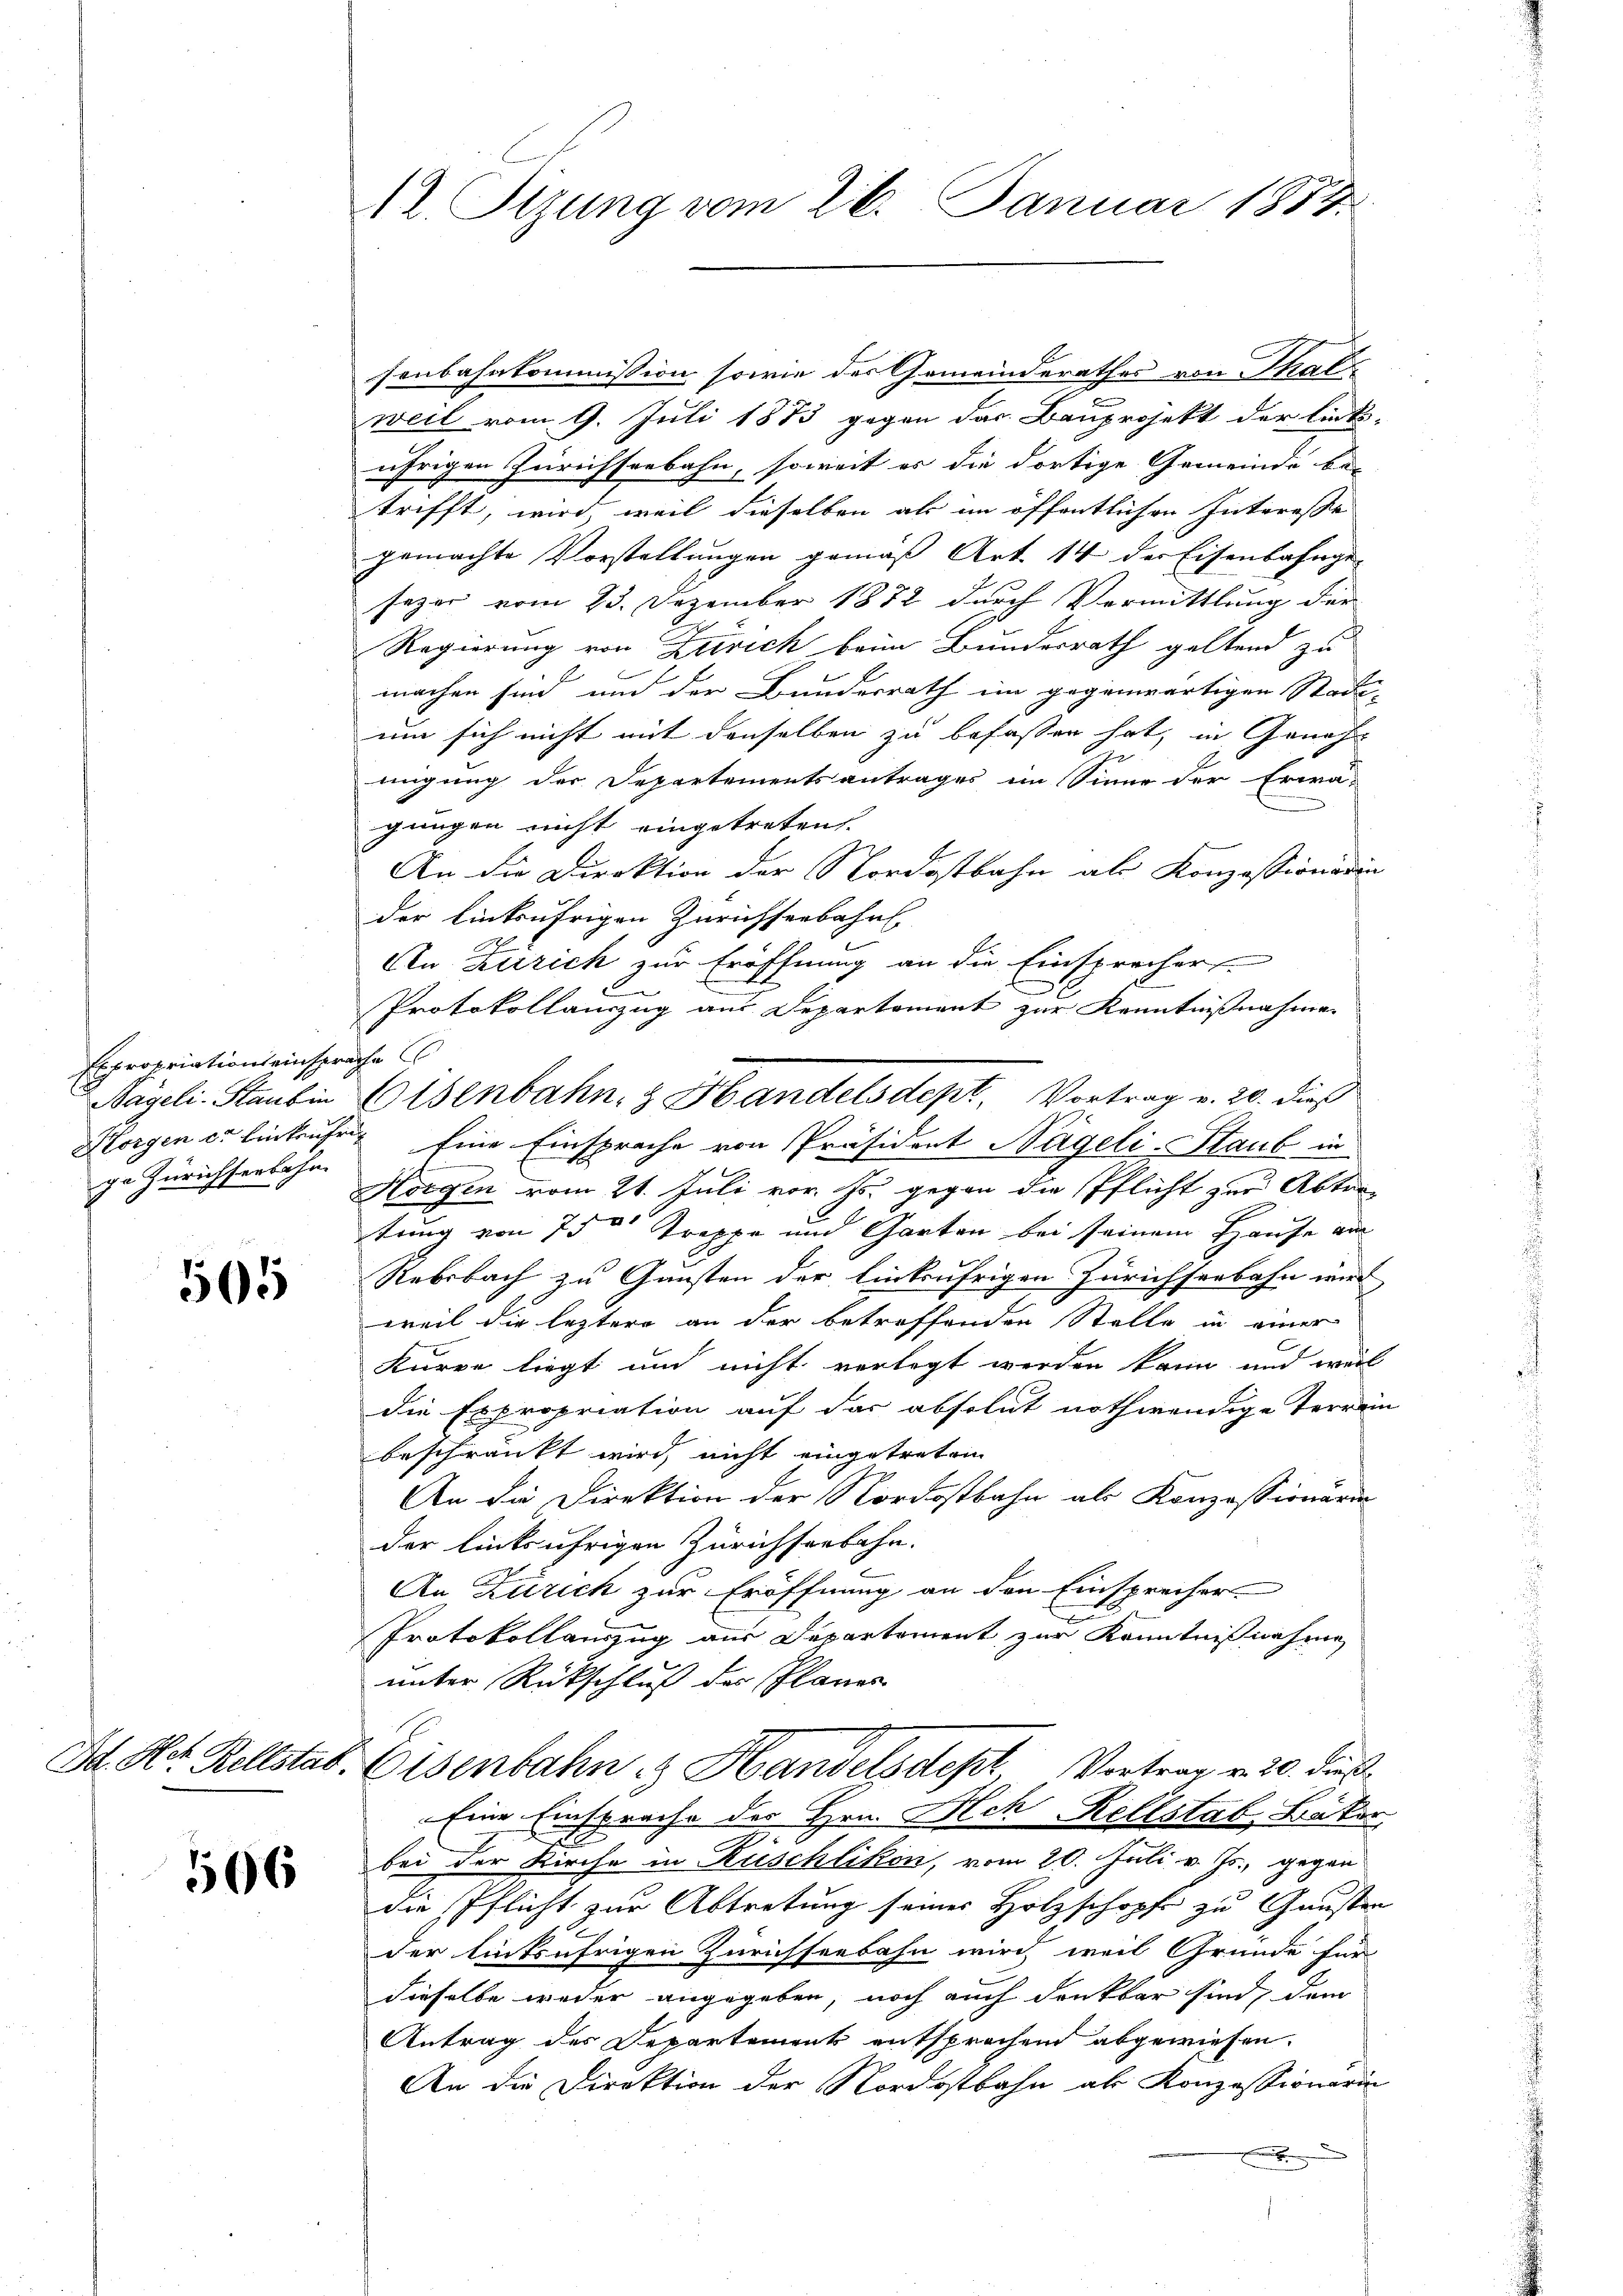
Expropriations einsprache
ge Zürichsenbahn

505

506

12. Stzung vom 26. Januar 1857

senbahnkommission sowie der Gemeinderathes von Thal-
weil vom 9. Juli 1873 gegen das Bauprojekt der links-
ührigen Zürichseebahn, soweit es die dortige Gemeinde be-
trifft, wird, weil dieselben als im öffentlichen Interesse |
gemachte Vorstellungen gemäß Art. 14 der Eisenbahnge-
sezer vom 23. Dezember 1872 durch Vermittlung der
Regierung von Zürich beim Bundesrath geltend zu
machen sind, und der Bundesrath im gegenwärtigen Stadt-
um sich nicht mit denselben zu befassen hat, in Genehmigung der Departementsantrages im Sinne der Erwä-
gungen nicht eingetreten.
An die Direktion der Nordostbahn als Konzessionsdin
der Einkaufrigen Zürichsenbahn
An Zürich zur Eröffnung an die Einsprecher
Protokollauszug aus Departement zur Kenntnißnahmen
Horgen er Einkaufen Eine Einsprache von Präsident Nägeli-Staub in
Horgen vom 21. Juli vor. Js. gegen die Pflicht zur Abtra-
tung von 750 Treppe und Garten bei seinem Hause aus

Rebbach zu Gunsten der Einkaufrigen Zürichseebahn wird
weil die leztere an der betreffenden Stelle in einer
kurze liegt und nicht verlegt werden kann, und weil
die Expropriation auf das absolut nothwendige Terrain
beschränkt wird, nicht eingetreten
An die Direktion der Nordostbahn als Konzessionaru
der linksufrigen Zürichseebahn.
An Zürich zur Eröffnung an den Einsprecher
Protokollauszug aus Departement zur Kenntnißnahme
unter Rückschluß der Planes
Da. Hr. Rellstab. Eisenbahn & Handelsdept, Vortrag v. 20. dieß
Eine Einsprache der Hrn. Ach Rellstab, Bäker
bei der Kirche in Rüschlikon, vom 20. Juli v. Js., gegen
die Pflicht zur Abtretung seiner Holzschopfe zu Gunsten
der linksufrigen Zürichseebahn wird, weil Gründe für
dieselbe weder angegeben, noch auch denkbar sind, dem
Antrag des Departement entsprochend abgewiesen.
An die Direktion der Nordostbahn als Konzessionärin
.
f

Nägeli. Stauben Eisenbahn, z. Handelsdept, Vortrag v. 20. dieß